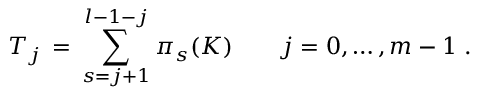
T _ { j } \, = \, \sum _ { s = j + 1 } ^ { l - 1 - j } \pi _ { s } ( K ) \qquad j = 0 , \ldots , m - 1 \; .